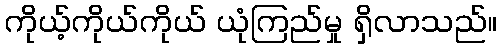
ကိုယ့်ကိုယ်ကိုယ် ယုံကြည်မှု ရှိလာသည်။